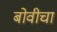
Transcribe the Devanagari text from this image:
बोवीचा